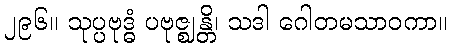
၂၉၆။ သုပ္ပဗုဒ္ဓံ ပဗုဇ္ဈန္တိ၊ သဒါ ဂေါတမသာဝကာ။